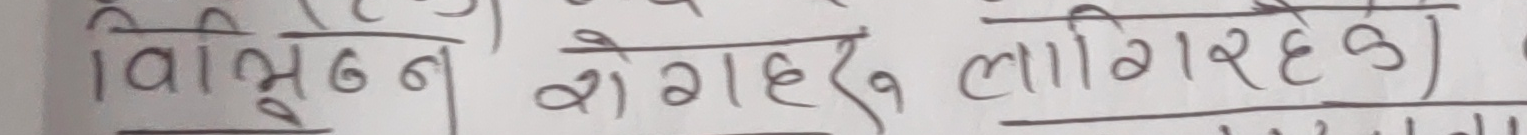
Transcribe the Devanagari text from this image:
विभिन्न रोगहरु लागिरहेछ